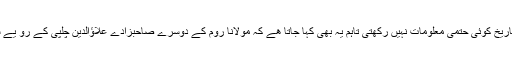
شمس تبریز صاحب اس کے بعد کب اور کہاں گئے اس کے بارے میں تاریخ کوئی حتمی معلومات نہیں رکھتی تاہم یہ بھی کہا جاتا ھے کہ مولانا روم کے دوسرے صاحبزادے علاؤالدین چلپی کے رو یے سے آزردہ ہو کر اب کی بار وہ اپنا پتا ٹھکانہ بتاۓ بغیر چلے گئے تھے۔